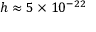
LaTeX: h \approx 5 \times 1 0 ^ { - 2 2 }